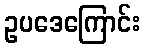
ဥပဒေကြောင်း